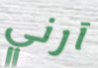
آرني